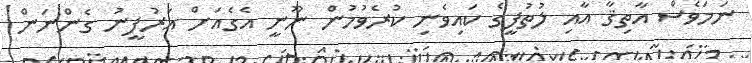
ނަމަވެސް އާތިޤާ އާއި ލުތުފީގެ ކައިވެނި ކުރެވުމުން ނޫނީ އެގެއަށް އަރުފީނު ގެންނަން